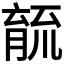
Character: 𮌫